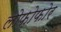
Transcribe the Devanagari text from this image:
लोफ़ोफोर